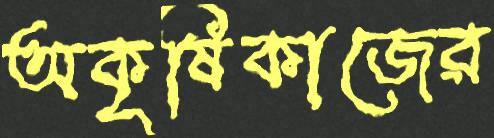
অকৃষিকাজের